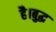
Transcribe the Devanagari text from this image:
है।बुद्ध